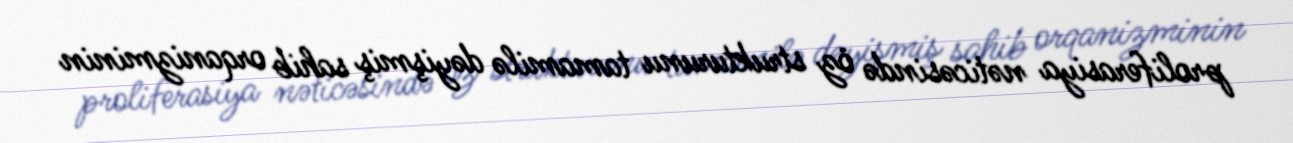
proliferasiya nəticəsində öz strukturunu tamamilə dəyişmiş sahib orqanizminin